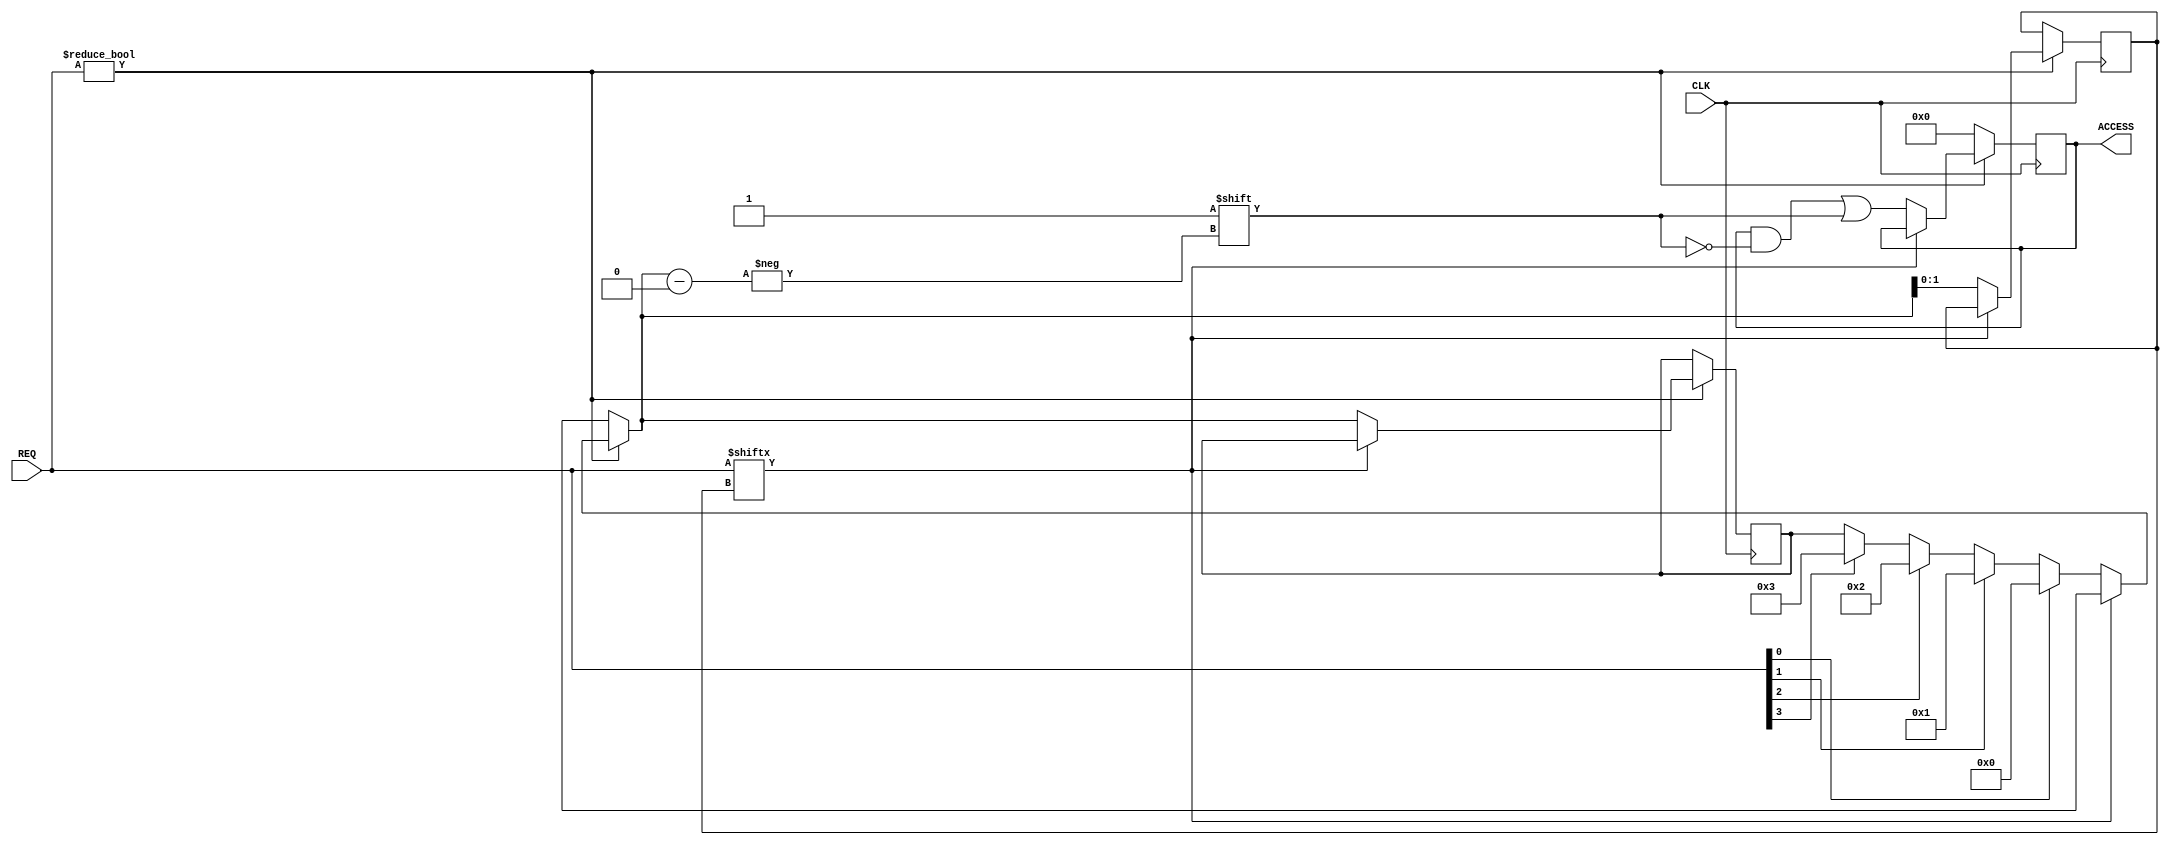
module arbiter #(
    parameter NumOfRequesters = 4,
    // Set to 1 for Round-Robin arbitration, set to 0 for priortization
    parameter RoundRobin = 0
) (
    input CLK,
    input [(NumOfRequesters - 1):0] REQ,
    output reg [(NumOfRequesters - 1):0] ACCESS
);

integer i;
integer priority;
reg [($clog2((NumOfRequesters - 1)) - 1):0] last_access;

initial 
begin
    ACCESS <= '0;
    last_access <= 0;
    priority <= 0;
end

always @(posedge CLK)
begin
    if (REQ) begin
        if (REQ[last_access] == 0) begin
            if (RoundRobin) begin
                ACCESS = '0;
                // patient wait (with dead cycles)
                // last_access = last_access + 1; 
                // if (REQ[last_access] == 1) begin
                //     ACCESS[last_access] <= 1;
                // end
                // jumping in
                while (REQ[last_access] != 1) begin
                    last_access = last_access + 1;
                end
                ACCESS[last_access] <= 1;
            end
            else begin
                ACCESS = '0;
                for(i = (NumOfRequesters - 1); i >= 0; i = i - 1) begin
                    if (REQ[i] == 1) begin 
                        priority = i;
                    end
                end

                ACCESS[priority] <= 1;
                last_access <= priority;
            end
        end
    end
    else begin
        ACCESS <= '0;
    end
end

endmodule